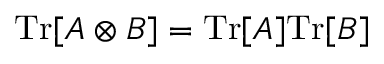
\mathrm { T r } [ A \otimes B ] = \mathrm { T r } [ A ] \mathrm { T r } [ B ]